Indian journal of veterinary science and animal husbandry - Volumes 18-21, 1948-1951
Year: 1948
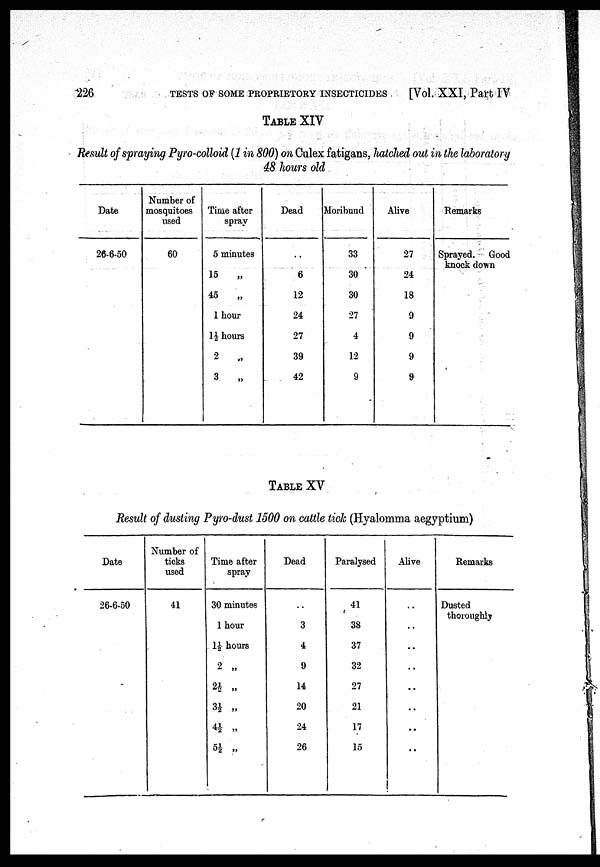
226
TESTS
OF
SOME
PROPRIETORY
INSECTICIDES
[Vol. XXI, Part IV
TABLE XIV
Result of spraying Pyro-colloid (1 in 800) on Culex fatigans, hatched out in the laboratory
48 hours old
Date
26-6-50
Number of
mosquitoes
used
60
Time after
spray
5 minutes
15
„
45
„
1 hour
1½ hours
2 „
3
„
Dead
..
6
12
24
27
39
42
Moribund
33
30
30
27
4
12
9
Alive
27
24
18
9
9
9
9
Remarks
Sprayed. Good
knock down
TABLE XV
Result of dusting Pyro-dust 1500 on cattle tick (Hyalomma aegyptium)
Date
26-6-50
Number of
ticks
used
41
Time after
spray
30 minutes
1 hour
1½ hours
2 „
2½ „
3½ „
4½ „
5½ „
Dead
..
3
4
9
14
20
24
26
Paralysed
41
38
37
32
27
21
17
15
Alive
..
..
..
..
..
..
..
..
Remarks
Dusted
thoroughly